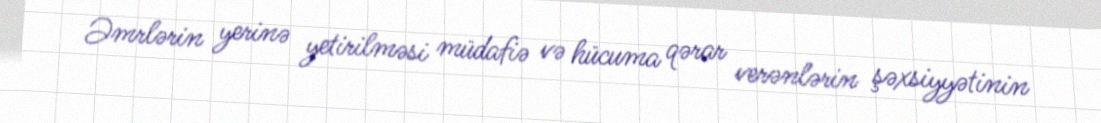
Əmrlərin yerinə yetirilməsi müdafiə və hücuma qərar verənlərin şəxsiyyətinin